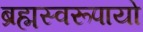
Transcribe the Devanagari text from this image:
ब्रह्मस्वरूपायो